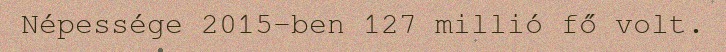
Népessége 2015-ben 127 millió fő volt.